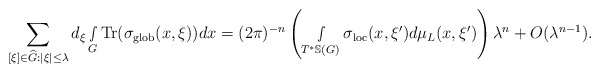
\begin{align*} \sum_{[\xi]\in \widehat{G}:|\xi|\leq \lambda}d_\xi\smallint\limits_G\textnormal{Tr}(\sigma_{\textnormal{glob}}(x,\xi))dx=(2\pi)^{-n}\left( \smallint\limits_{T^*\mathbb{S}(G)}\sigma_{\textnormal{loc}}(x,\xi')d\mu_L(x,\xi')\right)\lambda^n+O(\lambda^{n-1}).\end{align*}